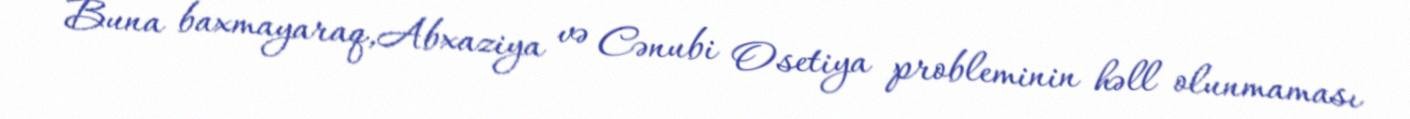
Buna baxmayaraq,Abxaziya və Cənubi Osetiya probleminin həll olunmaması